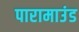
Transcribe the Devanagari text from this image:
पारामाउंड